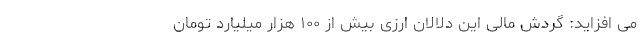
می افزاید: گردش مالی این دلالان ارزی بیش از ۱۰۰ هزار میلیارد تومان